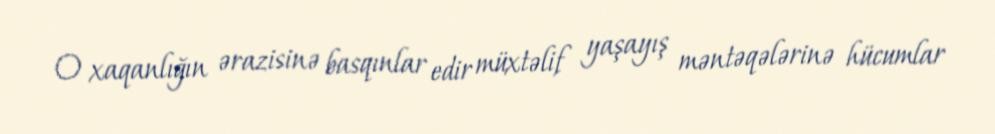
O xaqanlığın ərazisinə basqınlar edir müxtəlif yaşayış məntəqələrinə hücumlar